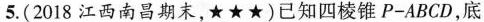
5.(2018江西南昌期末，★★★)已知四棱锥 P-ABCD，底